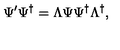
\Psi ^ { \prime } \Psi ^ { \dag } = \Lambda \Psi \Psi ^ { \dag } \Lambda ^ { \dag } ,